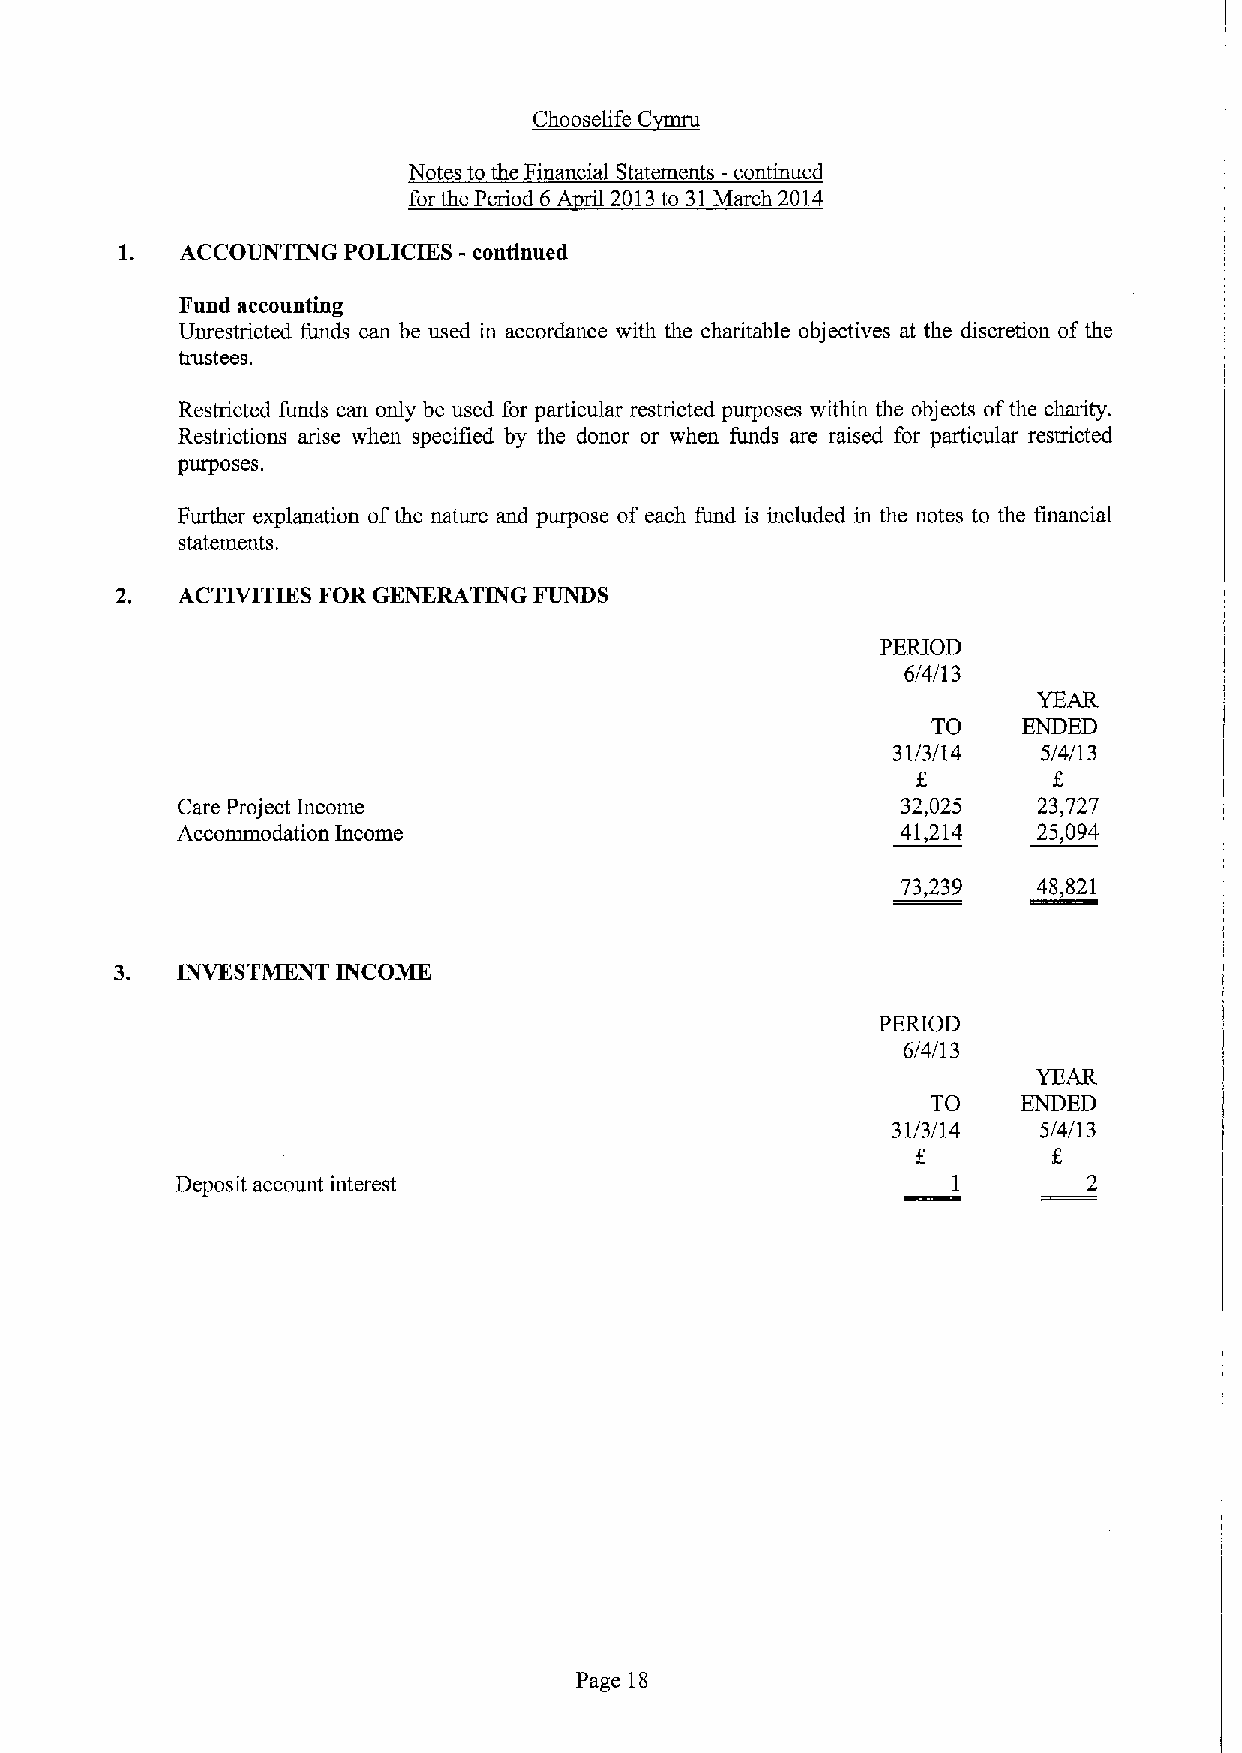
rr
 ~Ch    C
 Notes to the Financial Statements - continued
 for the Period 6A ril 2013to 31March 2014
 1.  ACCOUNTING POLICIES - continued
 Fund accounting
 Unrestricted funds can be used in accordance with the charitable objectives at the discretion ofthe
 trustees.
 Restricted funds can only be used for particular restricted purposes within the objects ofthe charity.
 Restrictions arise when specified by the donor or when funds are raised for particular restricted
 purposes.
 Further explanation ofthe nature and purpose of each fund is included in the notes to the financial
 statements.
 ACTIVITIES FOR GENERATING FUNDS
 PERIOD
 6/4/13
 YEAR
 TO    ENDED
 31/3/14   5/4/13
 Care Project Income                             32,025   23,727
 Accommodation Income                            41,214   25,094
 73,239   48,821
 3.  INVKSTMKNT INCOME
 PERIOD
 6/4/13
 YEAR
 TO    ENDED
 31/3/14   5/4/13
 Deposit account interest                           1        2
 Page 18